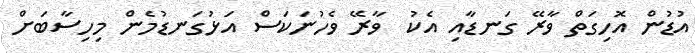
އުޑުން އޮހިގަތް ވާރޭ ގަނޑާއި އެކު  ވާރޭ ވެހުނަކަސް އަޅުގަނޑުމެން މިހިސާބަށް